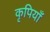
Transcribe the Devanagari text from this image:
कृपियाँ